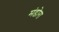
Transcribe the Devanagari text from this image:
मंडोरा